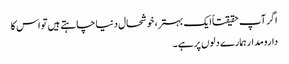
اگر آپ حقیقتاً ایک بہتر، خوشحال دنیا چاہتے ہیں تو اس کا
دارومدار ہمارے دلوں پر ہے۔